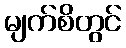
မျက်စိတွင်